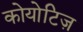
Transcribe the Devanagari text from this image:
कोयोटिज़